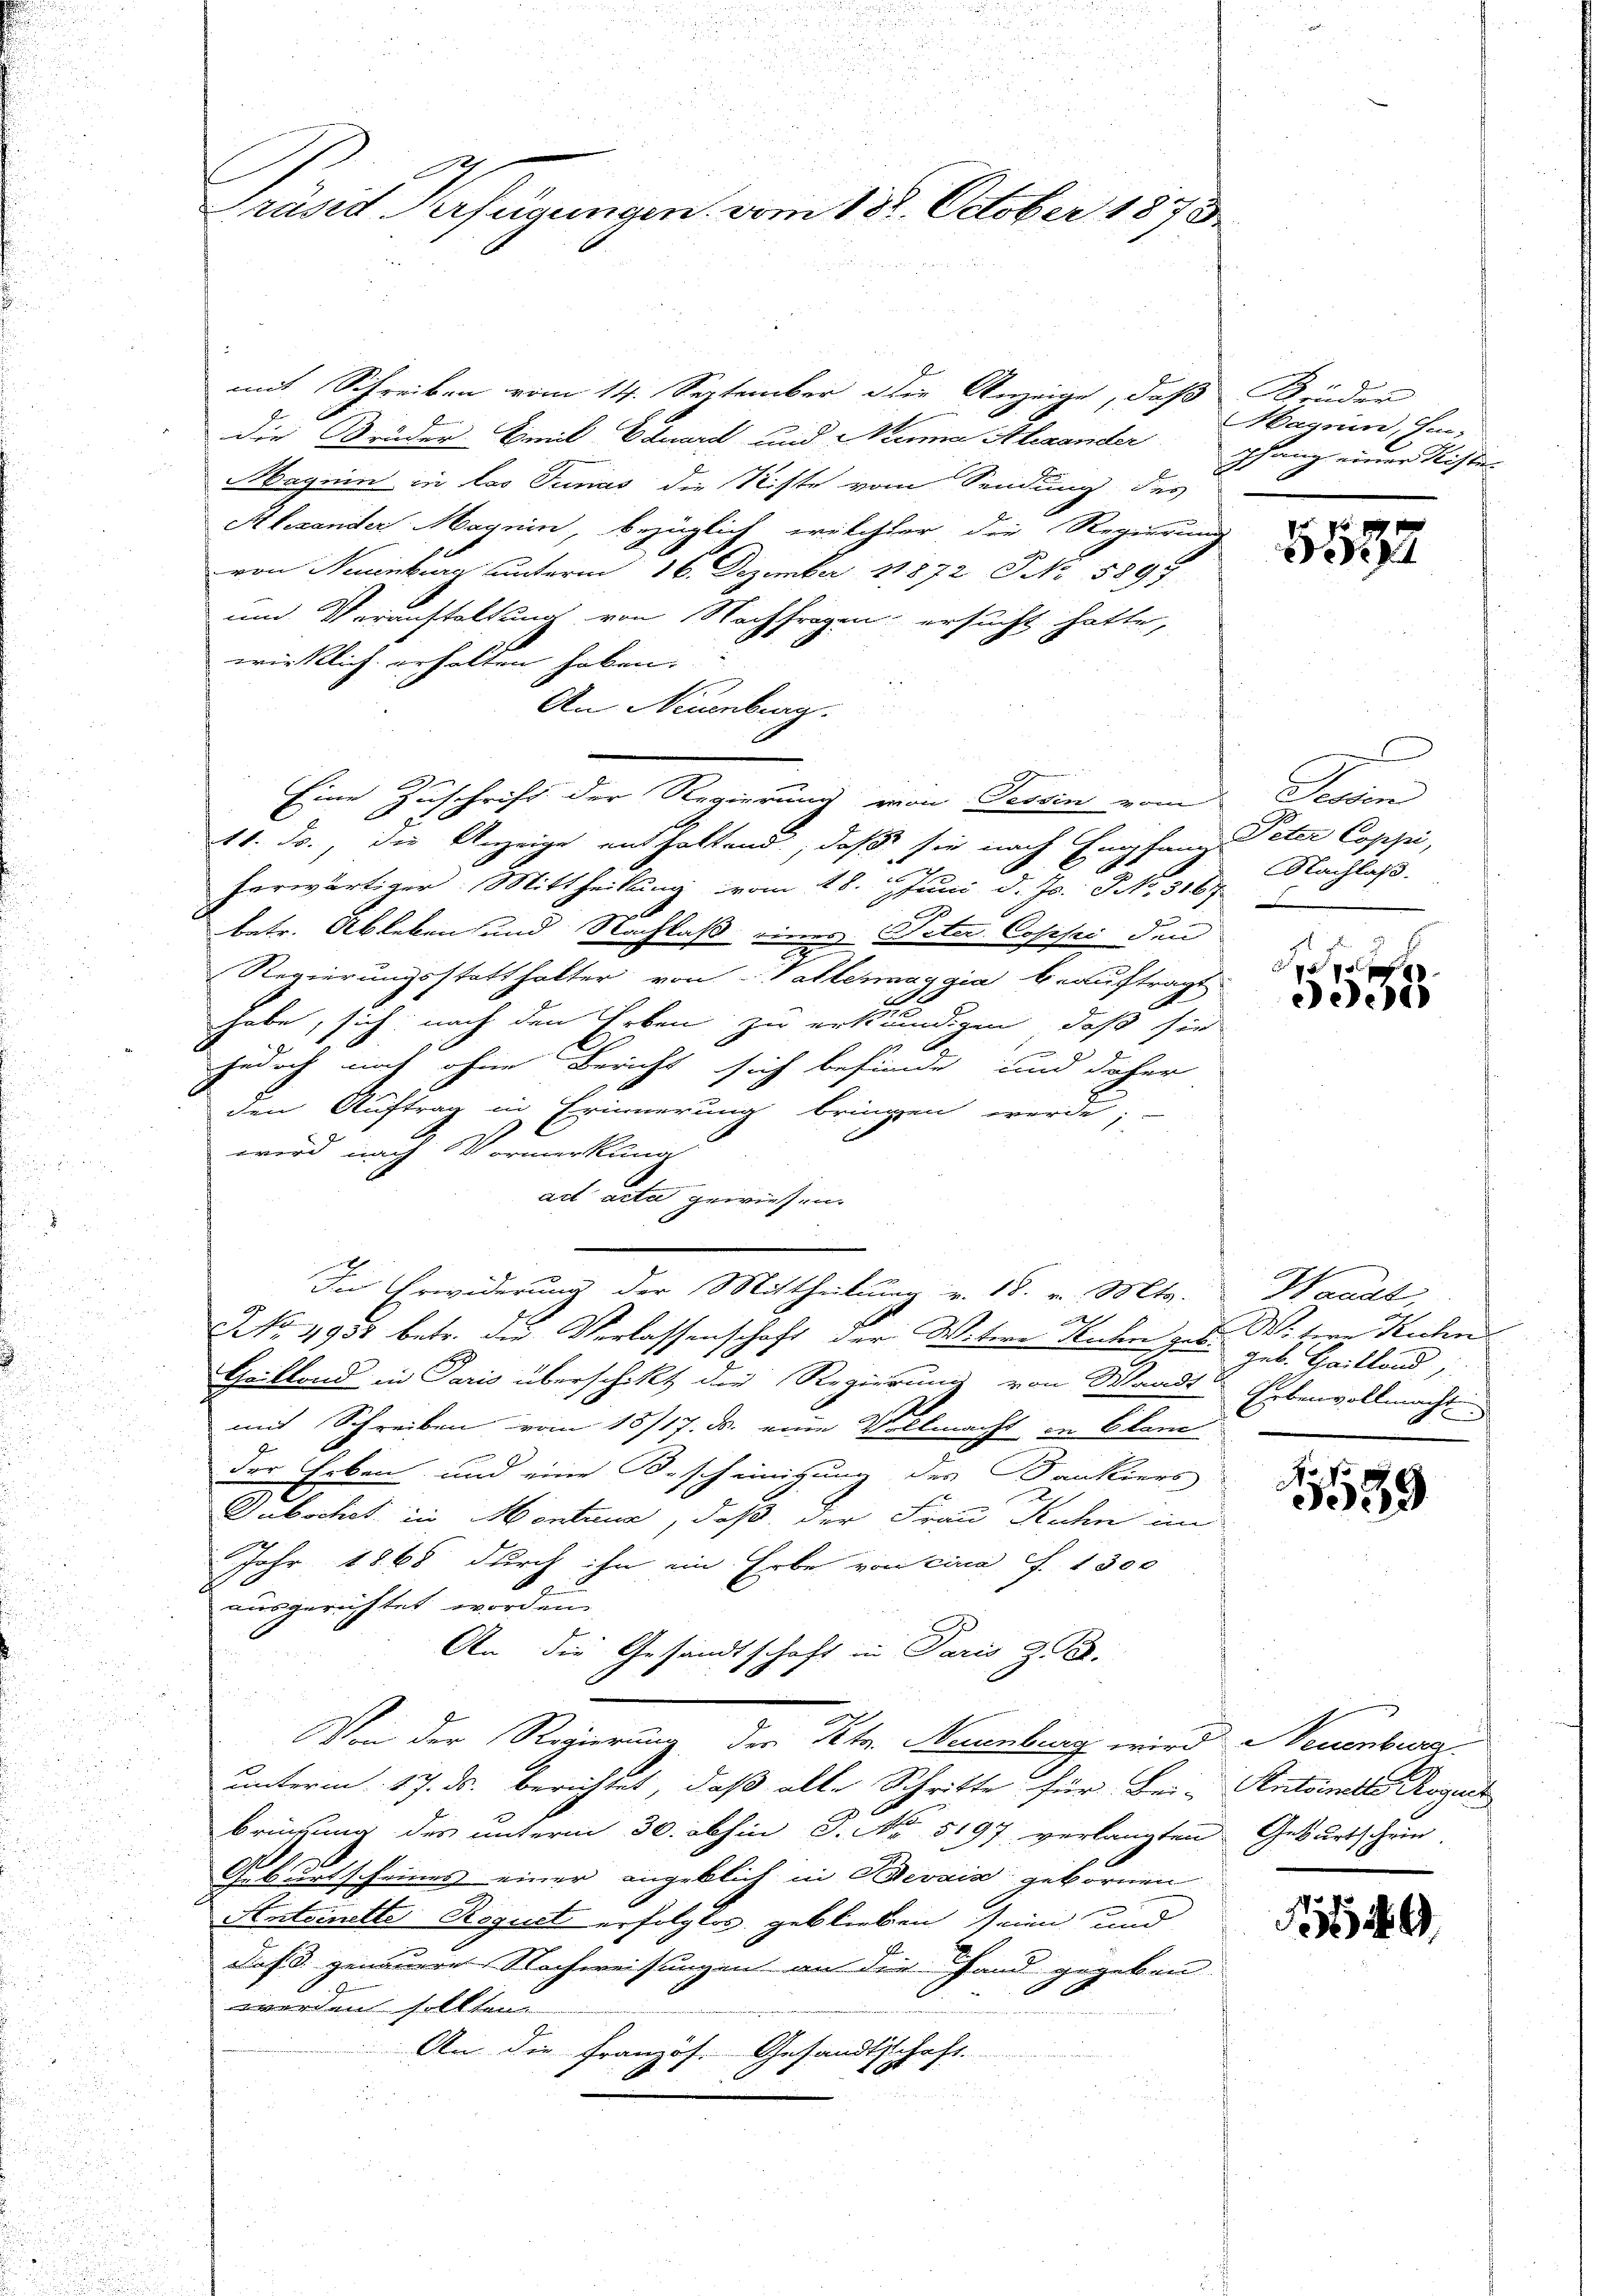
Präsid Verfügungen. vom 18. October 1873

mit Schreiben vom 14. September die Anzeige, daß Brüder
die Brüder Emil Eduard und Nenna Alexander
Maguin in las Tunas die Stifte vom Sendung des
Alexander Magnin, bezüglich, welcher die Regierung
von Neuenburg unterm 16. Dezember 1872 NNo. 5897.
un Veranstaltung von Nachfragen ersucht hatte,
wirklich erhalten haben.
An Neuenburg.
Eine Zuschrift der Regierung von Tessin vom Tessini
11. Js., die Anzeige enthaltend, daß sie nach Empfang Peter Coppi,
herwärtiger. Mittheilung vom 18. Juni d. Js. No. 3167
u
betr. Ableben und Nachlaß eines Veter Copesi den
e
Regierungsstatthalter von Vallermaggia beauftragt.
habe, sich nach den Erben zu erkundigen, daß sie
1
jedoch noch ohne Bericht sich befinde, und daher
den Auftrag in Erinnerung bringen werde;
wird nach Vormerkung
act acta gewiesen.
In Erwiderung der Mittheilung v. 18. v. Mts. Waadt,
d
NNo. 4933 betr. die Verlassenschaft der Witwe Ruchen geb.
Grilland in Paris überschikt die Regierung von Waadt, Erbenvollmacht
und Schreiben vom 18/17. ds. eine Vollmacht in Plan
der Erben, und eine Bescheinigung des Bankiers-
Gubschet in Montana, daß der Frau Kuhn im
Jahr 1868 durch ihn ein Erbe von circa f. 1300
ausgerichtet worden.
An die Gesandtschaft in Paris z. B.
Von der Regierung der Petr. Neuenburg wird Neuenbera
unterm 17. ds. berichtet, daß alle Schritte für Bei-Pentamte Roguis
bringung des unterm 30. abhin S. Nr. 5197 verlangten Geburtschrie-
Abortscheines einer angeblich in Bevaia gebornen
Antoinitte, Roguet erfolglos geblieben seien und
Jos. genauere Nachweisungen an die Hand gegeben
worden sollten.
An die Französ. Gesandtschaft.

Maguin, He-
shang einer Kisten

5532

Nachlaß.

ee

Witere Rechn
Jeb. Gaillond,

159

9